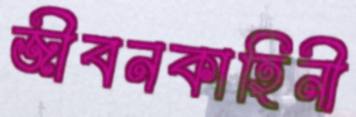
জীবনকাহিনী